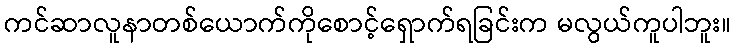
ကင်ဆာလူနာတစ်ယောက်ကိုစောင့်ရှောက်ရခြင်းက မလွယ်ကူပါဘူး။